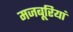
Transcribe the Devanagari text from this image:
मजबूरियां